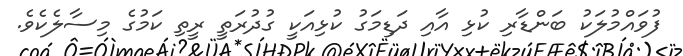
ފުވައްމުލަކު ބަންޑާރި ކުޅި އާއި ދަޑިމަގު ކުޅިއަކީ ގުދުރަތީ ރީތި ކަމުގެ މިސާލެކެވެ.